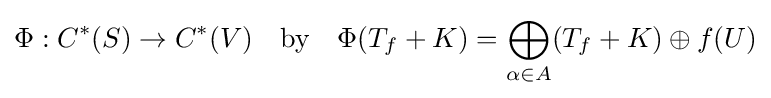
\Phi :C^{*}(S)\rightarrow C^{*}(V)\quad {\text{by}}\quad \Phi (T_{f}+K)=\bigoplus _{\alpha \in A}(T_{f}+K)\oplus f(U)